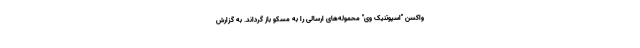
واکسن "اسپوتنیک وی" محموله‌های ارسالی را به مسکو باز گرداند. به گزارش